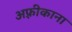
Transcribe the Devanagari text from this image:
अफ़्रीकाना